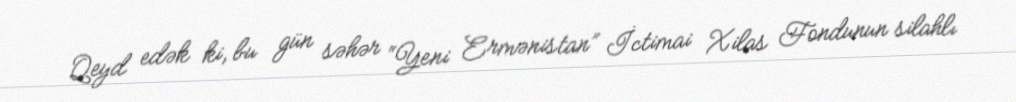
Qeyd edək ki, bu gün səhər “Yeni Ermənistan” İctimai Xilas Fondunun silahlı